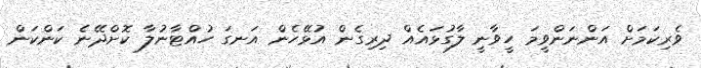
ވެރިކަމަށް އަންނަންވީމަ ހީވާނީ ލާގުޅައެއް ދިރިގެން އުޅޭހެން އަނގަ ހުއްޓާނުލާ ކޮށްދޭނެ ކަންކަން